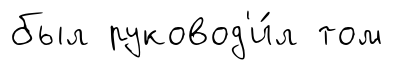
был руковод'и́л том